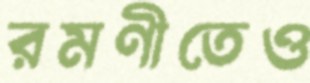
রমণীতেও